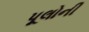
પૂલોની